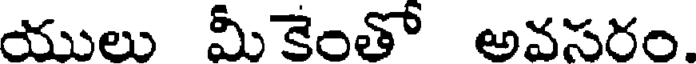
యులు మీకెంతో అవసరం.